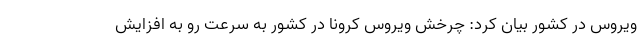
ویروس در کشور بیان کرد: چرخش ویروس کرونا در کشور به سرعت رو به افزایش